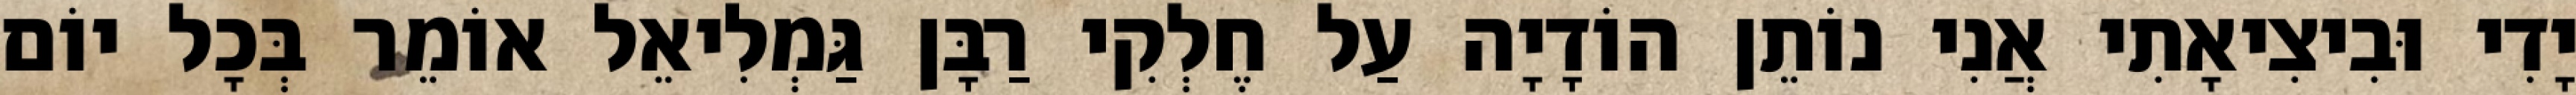
יָדִי וּבִיצִיאָתִי אֲנִי נוֹתֵן הוֹדָיָה עַל חֶלְקִי רַבָּן גַּמְלִיאֵל אוֹמֵר בְּכָל יוֹם